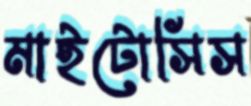
মাইটোসিস